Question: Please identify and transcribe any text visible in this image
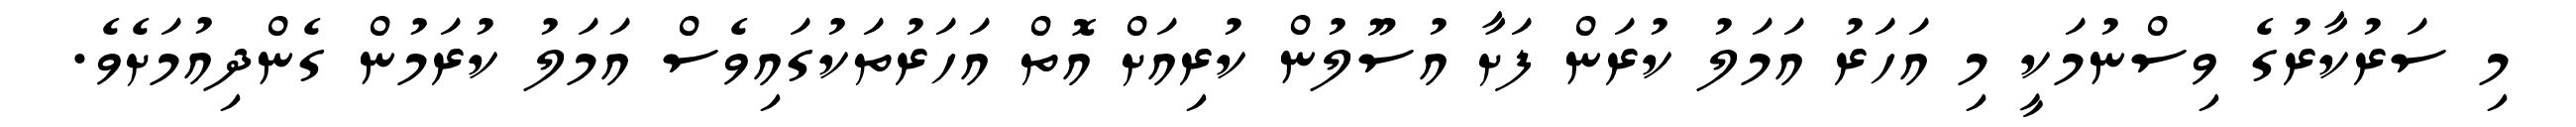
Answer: މި ސަރުކާރުގެ ވިސްނުމަކީ މި އަހަރު އަމަލު ކުރަން ފަށާ އުސޫލުން ކުރިއަށް އޮތް އަހަރުތަކުގައިވެސް އަމަލު ކުރަމުން ގެންދިއުމަށެވެ.